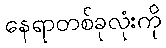
နေရာတစ်ခုလုံးကို